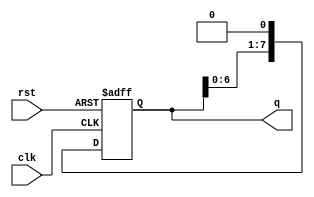
module test(
	input clk,
	input rst,
	output reg [0:7]q
	);


	always@(posedge clk, negedge rst) begin
		if(!rst)
			q <= 8'd1;
		else
			q <= q << 1;
	end
		

endmodule